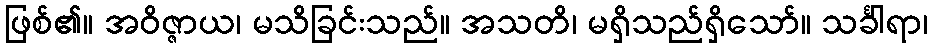
ဖြစ်၏။ အဝိဇ္ဇာယ၊ မသိခြင်းသည်။ အသတိ၊ မရှိသည်ရှိသော်။ သင်္ခါရာ၊